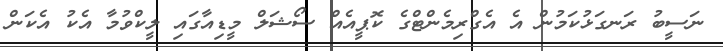
ނަސީބު ރަނގަޅުކަމުން އެ އެގްރިމެންޓްގެ ކޮޕީއެއް ސޯޝަލް މީޑިއާގައި ލީކްވުމާ އެކު އެކަން